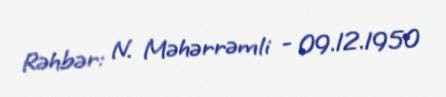
Rəhbər: N. Məhərrəmli - 09.12.1950